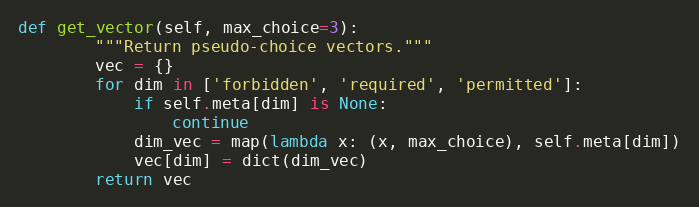
Language: Python
def get_vector(self, max_choice=3):
        """Return pseudo-choice vectors."""
        vec = {}
        for dim in ['forbidden', 'required', 'permitted']:
            if self.meta[dim] is None:
                continue
            dim_vec = map(lambda x: (x, max_choice), self.meta[dim])
            vec[dim] = dict(dim_vec)
        return vec